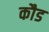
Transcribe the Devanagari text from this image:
कौड